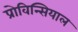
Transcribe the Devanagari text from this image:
प्रोविन्सियाल